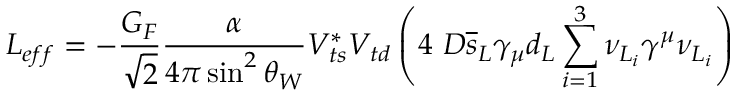
{ \cal { L } } _ { e f f } = - { \frac { G _ { F } } { \sqrt { 2 } } } { \frac { \alpha } { 4 \pi \sin ^ { 2 } \theta _ { W } } } V _ { t s } ^ { * } V _ { t d } \left( 4 \ D \overline { { { s } } } _ { L } \gamma _ { \mu } d _ { L } \sum _ { i = 1 } ^ { 3 } \nu _ { L _ { i } } \gamma ^ { \mu } \nu _ { L _ { i } } \right)